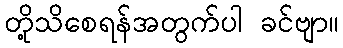
တို့သိစေရန်အတွက်ပါ ခင်ဗျာ။